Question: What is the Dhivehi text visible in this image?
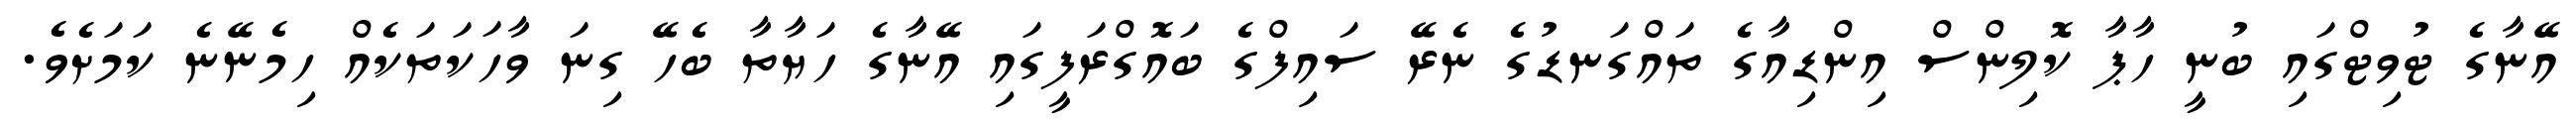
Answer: އޭނާގެ ޓުވިޓްގައި ބުނީ ހާޕާ ކޮލިންސް އިންޑިއާގެ ތައްގަނޑުގެ ނެރޭ ސައިފްގެ ބައޮގްރަފީގައި އޭނާގެ ހަޔާތާ ބެހޭ ގިނަ ވާހަކަތަކެއް ހިމެނޭނެ ކަމަށެވެ.